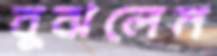
বুঝলেম